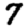
Digit: 7